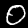
Digit: 0